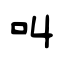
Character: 叫